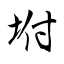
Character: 坿